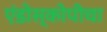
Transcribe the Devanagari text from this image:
एंडोस्कोपीचा